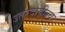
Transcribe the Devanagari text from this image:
उतरदायीत्त्व